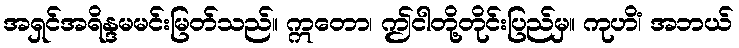
အရှင်အရိန္ဒမမင်းမြတ်သည်။ ဣတော၊ ဤငါတို့တိုင်းပြည်မှ။ ကုဟိံ၊ အဘယ်